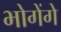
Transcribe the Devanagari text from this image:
भोगेंगे